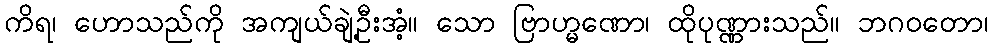
ကိရ၊ ဟောသည်ကို အကျယ်ချဲ့ဦးအံ့။ သော ဗြာဟ္မဏော၊ ထိုပုဏ္ဏားသည်။ ဘဂဝတော၊